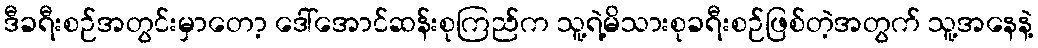
ဒီခရီးစဉ်အတွင်းမှာတော့ ဒေါ်အောင်ဆန်းစုကြည်က သူ့ရဲ့မိသားစုခရီးစဉ်ဖြစ်တဲ့အတွက် သူ့အနေနဲ့